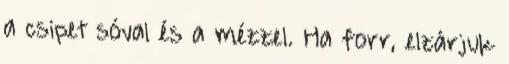
a csipet sóval és a mézzel. Ha forr, elzárjuk